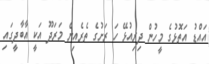
އައްޑު އަތޮޅުގެ މީހުން ދިރިއުޅޭ ހަ ރަށުގެ ތެރެއިން މަރަދޫ އަކީ އާބާދީގައި